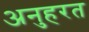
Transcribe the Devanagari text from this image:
अनुहरत